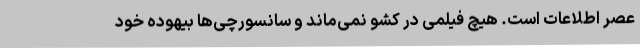
عصر اطلاعات است. هیچ فیلمی در کشو نمی‌ماند و سانسورچی‌ها بیهوده خود